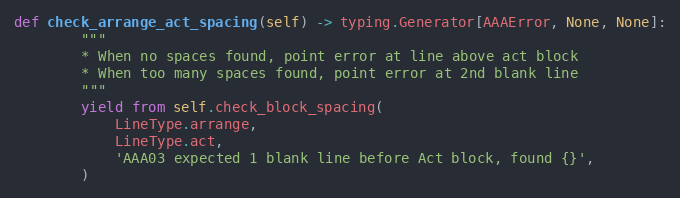
Language: Python
def check_arrange_act_spacing(self) -> typing.Generator[AAAError, None, None]:
        """
        * When no spaces found, point error at line above act block
        * When too many spaces found, point error at 2nd blank line
        """
        yield from self.check_block_spacing(
            LineType.arrange,
            LineType.act,
            'AAA03 expected 1 blank line before Act block, found {}',
        )